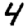
Digit: 4